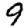
Digit: 9